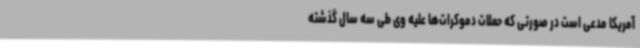
آمریکا مدعی است در صورتی که حملات دموکرات‌ها علیه وی طی سه سال گذشته